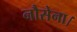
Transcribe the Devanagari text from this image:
नौसेना।